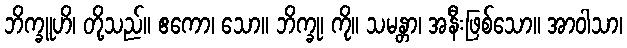
ဘိက္ခူဟိ၊ တို့သည်။ ဧကော၊ သော။ ဘိက္ခု၊ ကို။ သမန္တာ၊ အနီးဖြစ်သော။ အာဝါသာ၊